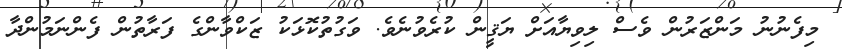
މިފެނުނު މަންޒަރުން ވެސް ލިވިޔާއަށް ޔަޤީން ކުރެވުނެވެ. ވަގުތުކޮޅަކު ޒަކްވާންގެ ފަރާތުން ފެންނަމުންދާ